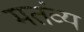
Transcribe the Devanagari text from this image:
मतंव्य